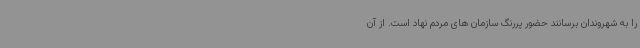
را به شهروندان برسانند حضور پررنگ سازمان های مردم نهاد است. از آن